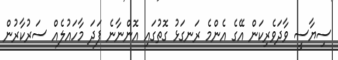
ސިޔާސީ ވާދަވެރިކަން އޭގެ އެންމެ ރަނގަޅު ގޮތުގައި އޮންނާނެ ފަދަ މާހައުލެއް ސަރުކާރުން